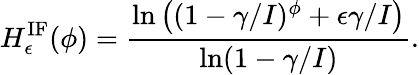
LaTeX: H_{\epsilon}^{\mathrm{IF}}(\phi)=\frac{\ln\left((1-\gamma/I)^{\phi}+\epsilon\gamma/I\right)}{\ln(1-\gamma/I)}.